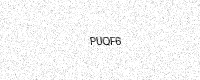
Text: PUQF6